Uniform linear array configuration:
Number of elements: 24
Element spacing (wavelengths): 0.5
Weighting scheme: binomial
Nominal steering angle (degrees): -60
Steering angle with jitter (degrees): -60.357
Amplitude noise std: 0.05
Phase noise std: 0.05

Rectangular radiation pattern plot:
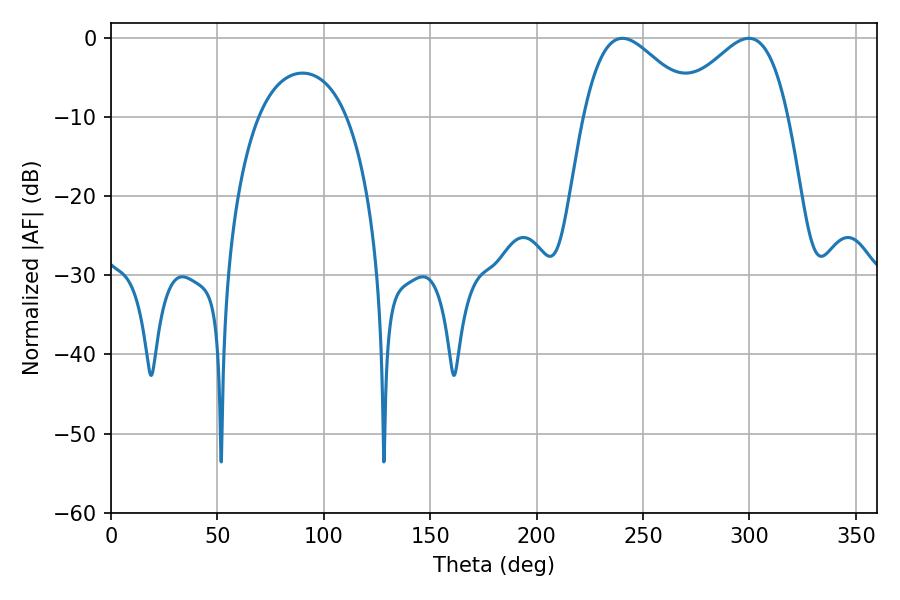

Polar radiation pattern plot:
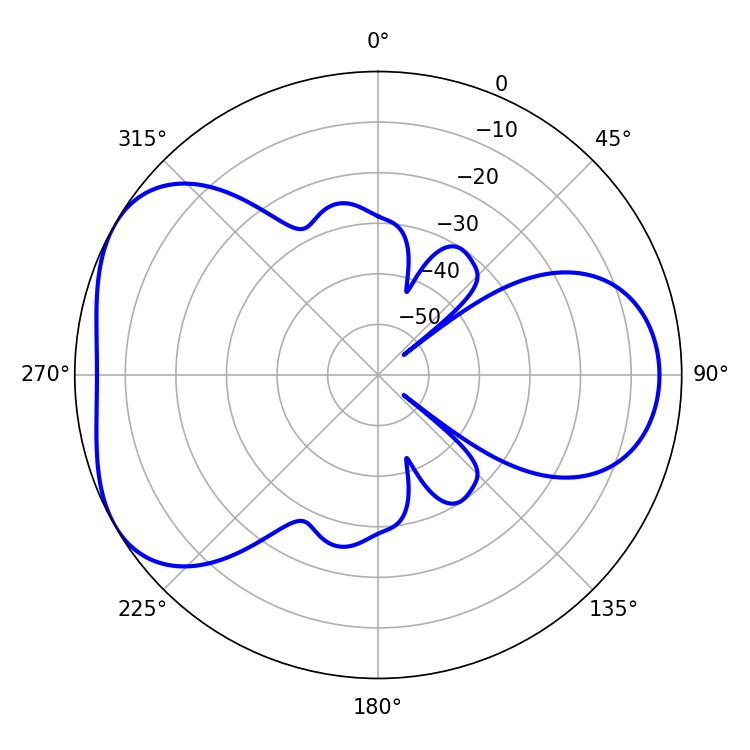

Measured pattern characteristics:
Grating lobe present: FALSE
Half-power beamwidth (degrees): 28.26
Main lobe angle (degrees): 240.3